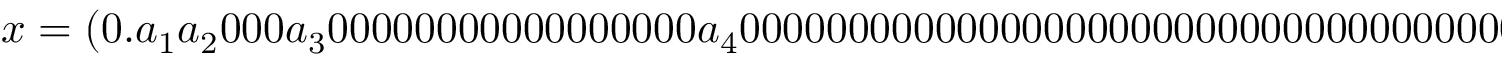
x = \left( 0 . a _ { 1 } a _ { 2 } 0 0 0 a _ { 3 } 0 0 0 0 0 0 0 0 0 0 0 0 0 0 0 0 0 a _ { 4 } 0 0 0 0 0 0 0 0 0 0 0 0 0 0 0 0 0 0 0 0 0 0 0 0 0 0 0 0 0 0 0 0 0 0 0 0 0 0 0 0 0 0 0 0 0 0 0 0 0 0 0 0 0 0 0 0 0 0 0 0 0 0 0 0 0 0 0 0 0 0 0 0 0 0 0 0 0 0 0 0 0 0 0 0 0 0 0 0 0 0 0 0 0 0 a _ { 5 } \ldots \right) _ { b }